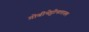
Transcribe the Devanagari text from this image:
गोबीचेट्टीपलायम